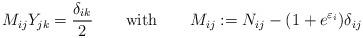
LaTeX: \begin{align*}M_{ij}Y_{jk}=\frac{\delta _{ik}}{2}\quad \quad {\rm with}\qquad M_{ij}:=N_{ij}-(1+e^{\varepsilon _{i}})\delta _{ij} \end{align*}